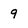
Character: 9